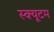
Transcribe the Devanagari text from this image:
स्क्यूटम